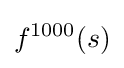
f^{1000}(s)